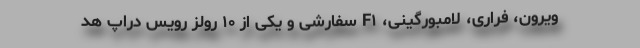
ویرون، فراری، لامبورگینی، F۱ سفارشی و یکی از ۱۰ رولز رویس دراپ هد